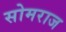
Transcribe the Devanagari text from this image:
सोमराज